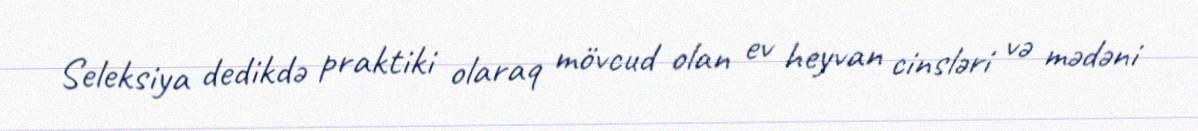
Seleksiya dedikdə praktiki olaraq mövcud olan ev heyvan cinsləri və mədəni